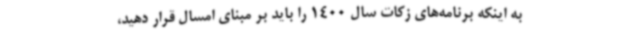
به اینکه برنامه‌های زکات سال 1400 را باید بر مبنای امسال قرار دهید،